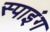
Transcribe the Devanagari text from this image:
स्पाइंग